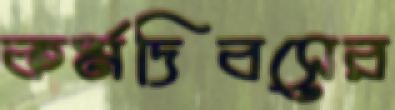
কর্মদিবসের